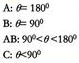
A: $\theta = 180^{\circ}$
B: $\theta = 90^{\circ}$
C: $90^{\circ}<\theta <180^{\circ}$
D: $0^{\circ}<\theta <90^{\circ}$